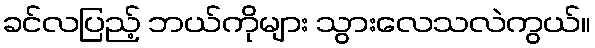
ခင်လပြည့် ဘယ်ကိုများ သွားလေသလဲကွယ်။